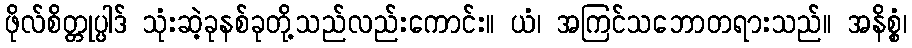
ဖိုလ်စိတ္တုပ္ပါဒ် သုံးဆဲ့ခုနစ်ခုတို့သည်လည်းကောင်း။ ယံ၊ အကြင်သဘောတရားသည်။ အနိစ္စံ၊